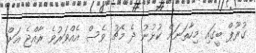
ގުރޫޕް ބީގައި މިހާތަނަށް ކުޅުނު ދެ މެޗު ވެސް އެއްވަރުވެ ރާއްޖެ އަށް